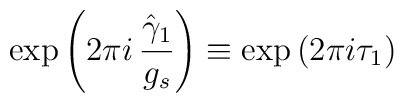
\mbox{exp}\left( 2 \pi i \,\frac{\hat \gamma_1}{g_s}\right) \equiv\mbox{exp}\left( 2\pi i \tau_1 \right)